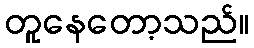
တူနေတော့သည်။